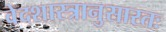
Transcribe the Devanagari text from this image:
वेदशास्त्रानुसारतः